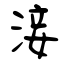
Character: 淁